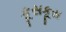
કૂસકૂસ